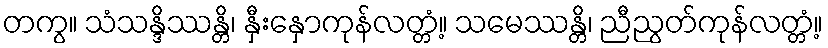
တကွ။ သံသန္ဒိဿန္တိ၊ နှီးနှောကုန်လတ္တံ့။ သမေဿန္တိ၊ ညီညွတ်ကုန်လတ္တံ့။